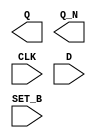
/**
 * Copyright 2020 The SkyWater PDK Authors
 *
 * Licensed under the Apache License, Version 2.0 (the "License");
 * you may not use this file except in compliance with the License.
 * You may obtain a copy of the License at
 *
 *     https://www.apache.org/licenses/LICENSE-2.0
 *
 * Unless required by applicable law or agreed to in writing, software
 * distributed under the License is distributed on an "AS IS" BASIS,
 * WITHOUT WARRANTIES OR CONDITIONS OF ANY KIND, either express or implied.
 * See the License for the specific language governing permissions and
 * limitations under the License.
 *
 * SPDX-License-Identifier: Apache-2.0
 */

`ifndef SKY130_FD_SC_MS__DFSBP_BLACKBOX_V
`define SKY130_FD_SC_MS__DFSBP_BLACKBOX_V

/**
 * dfsbp: Delay flop, inverted set, complementary outputs.
 *
 * Verilog stub definition (black box without power pins).
 *
 * WARNING: This file is autogenerated, do not modify directly!
 */

`timescale 1ns / 1ps
`default_nettype none

(* blackbox *)
module sky130_fd_sc_ms__dfsbp (
    Q    ,
    Q_N  ,
    CLK  ,
    D    ,
    SET_B
);

    output Q    ;
    output Q_N  ;
    input  CLK  ;
    input  D    ;
    input  SET_B;

    // Voltage supply signals
    supply1 VPWR;
    supply0 VGND;
    supply1 VPB ;
    supply0 VNB ;

endmodule

`default_nettype wire
`endif  // SKY130_FD_SC_MS__DFSBP_BLACKBOX_V